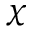
\chi